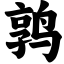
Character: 鹑